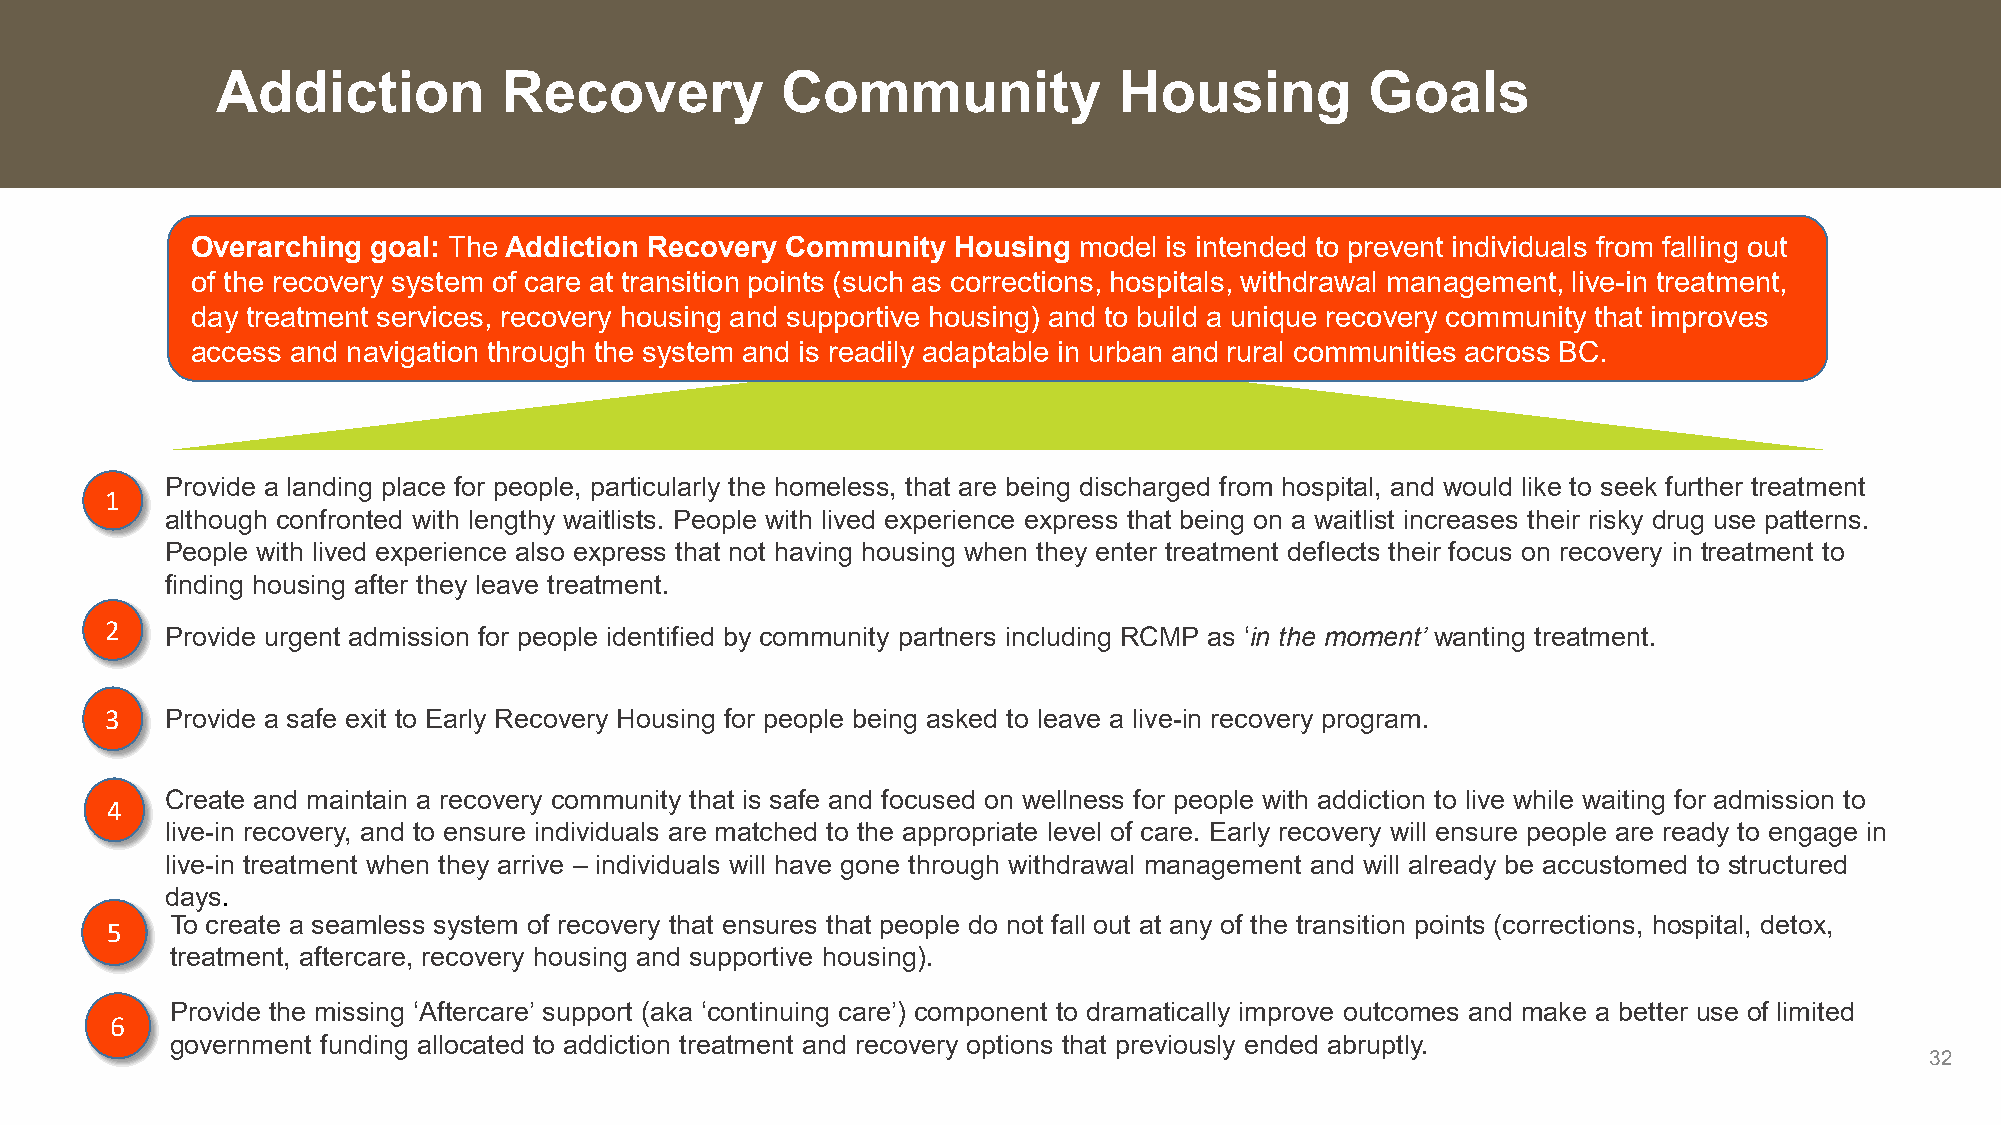
Addiction          Recovery           Community             Housing          Goals
 Overarching goal: The Addiction Recovery Community Housing model is intended to prevent individuals from falling out
 of the recovery system of care at transition points (such as corrections, hospitals, withdrawal management, live-in treatment,
 day treatment services, recovery housing and supportive housing) and to build a unique recovery community that improves
 access and navigation through the system and is readily adaptable in urban and rural communities across BC.
 Provide a landing place for people, particularly the homeless, that are being discharged from hospital, and would like to seek further treatment
 1
 although confronted with lengthy waitlists. People with lived experience express that being on a waitlist increases their risky drug use patterns.
 People with lived experience also express that not having housing when they enter treatment deflects their focus on recovery in treatment to
 finding housing after they leave treatment.
 2
 Provide urgent admission for people identified by community partners including RCMP as ‘in the moment’ wanting treatment.
 3   Provide a safe exit to Early Recovery Housing for people being asked to leave a live-in recovery program.
 Create and maintain a recovery community that is safe and focused on wellness for people with addiction to live while waiting for admission to
 4
 live-in recovery, and to ensure individuals are matched to the appropriate level of care. Early recovery will ensure people are ready to engage in
 live-in treatment when they arrive – individuals will have gone through withdrawal management and will already be accustomed to structured
 days.
 To create a seamless system of recovery that ensures that people do not fall out at any of the transition points (corrections, hospital, detox,
 5
 treatment, aftercare, recovery housing and supportive housing).
 Provide the missing ‘Aftercare’ support (aka ‘continuing care’) component to dramatically improve outcomes and make a better use of limited
 6
 government funding allocated to addiction treatment and recovery options that previously ended abruptly.
 32